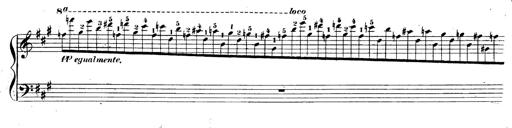
Title: 3 Caprices-Valses
Composer: Franz Liszt